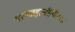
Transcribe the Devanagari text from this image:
परमब्रह्ममहिषी॥८॥